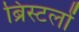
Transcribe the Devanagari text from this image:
ब्रिस्टलों